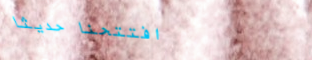
افتتحنا حديثاً